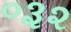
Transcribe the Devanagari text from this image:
०३२